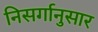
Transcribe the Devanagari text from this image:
निसर्गानुसार